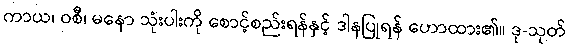
ကာယ၊ ဝစီ၊ မနော သုံးပါးကို စောင့်စည်းရန်နှင့် ဒါနပြုရန် ဟောထား၏။ ဒု-သုတ်